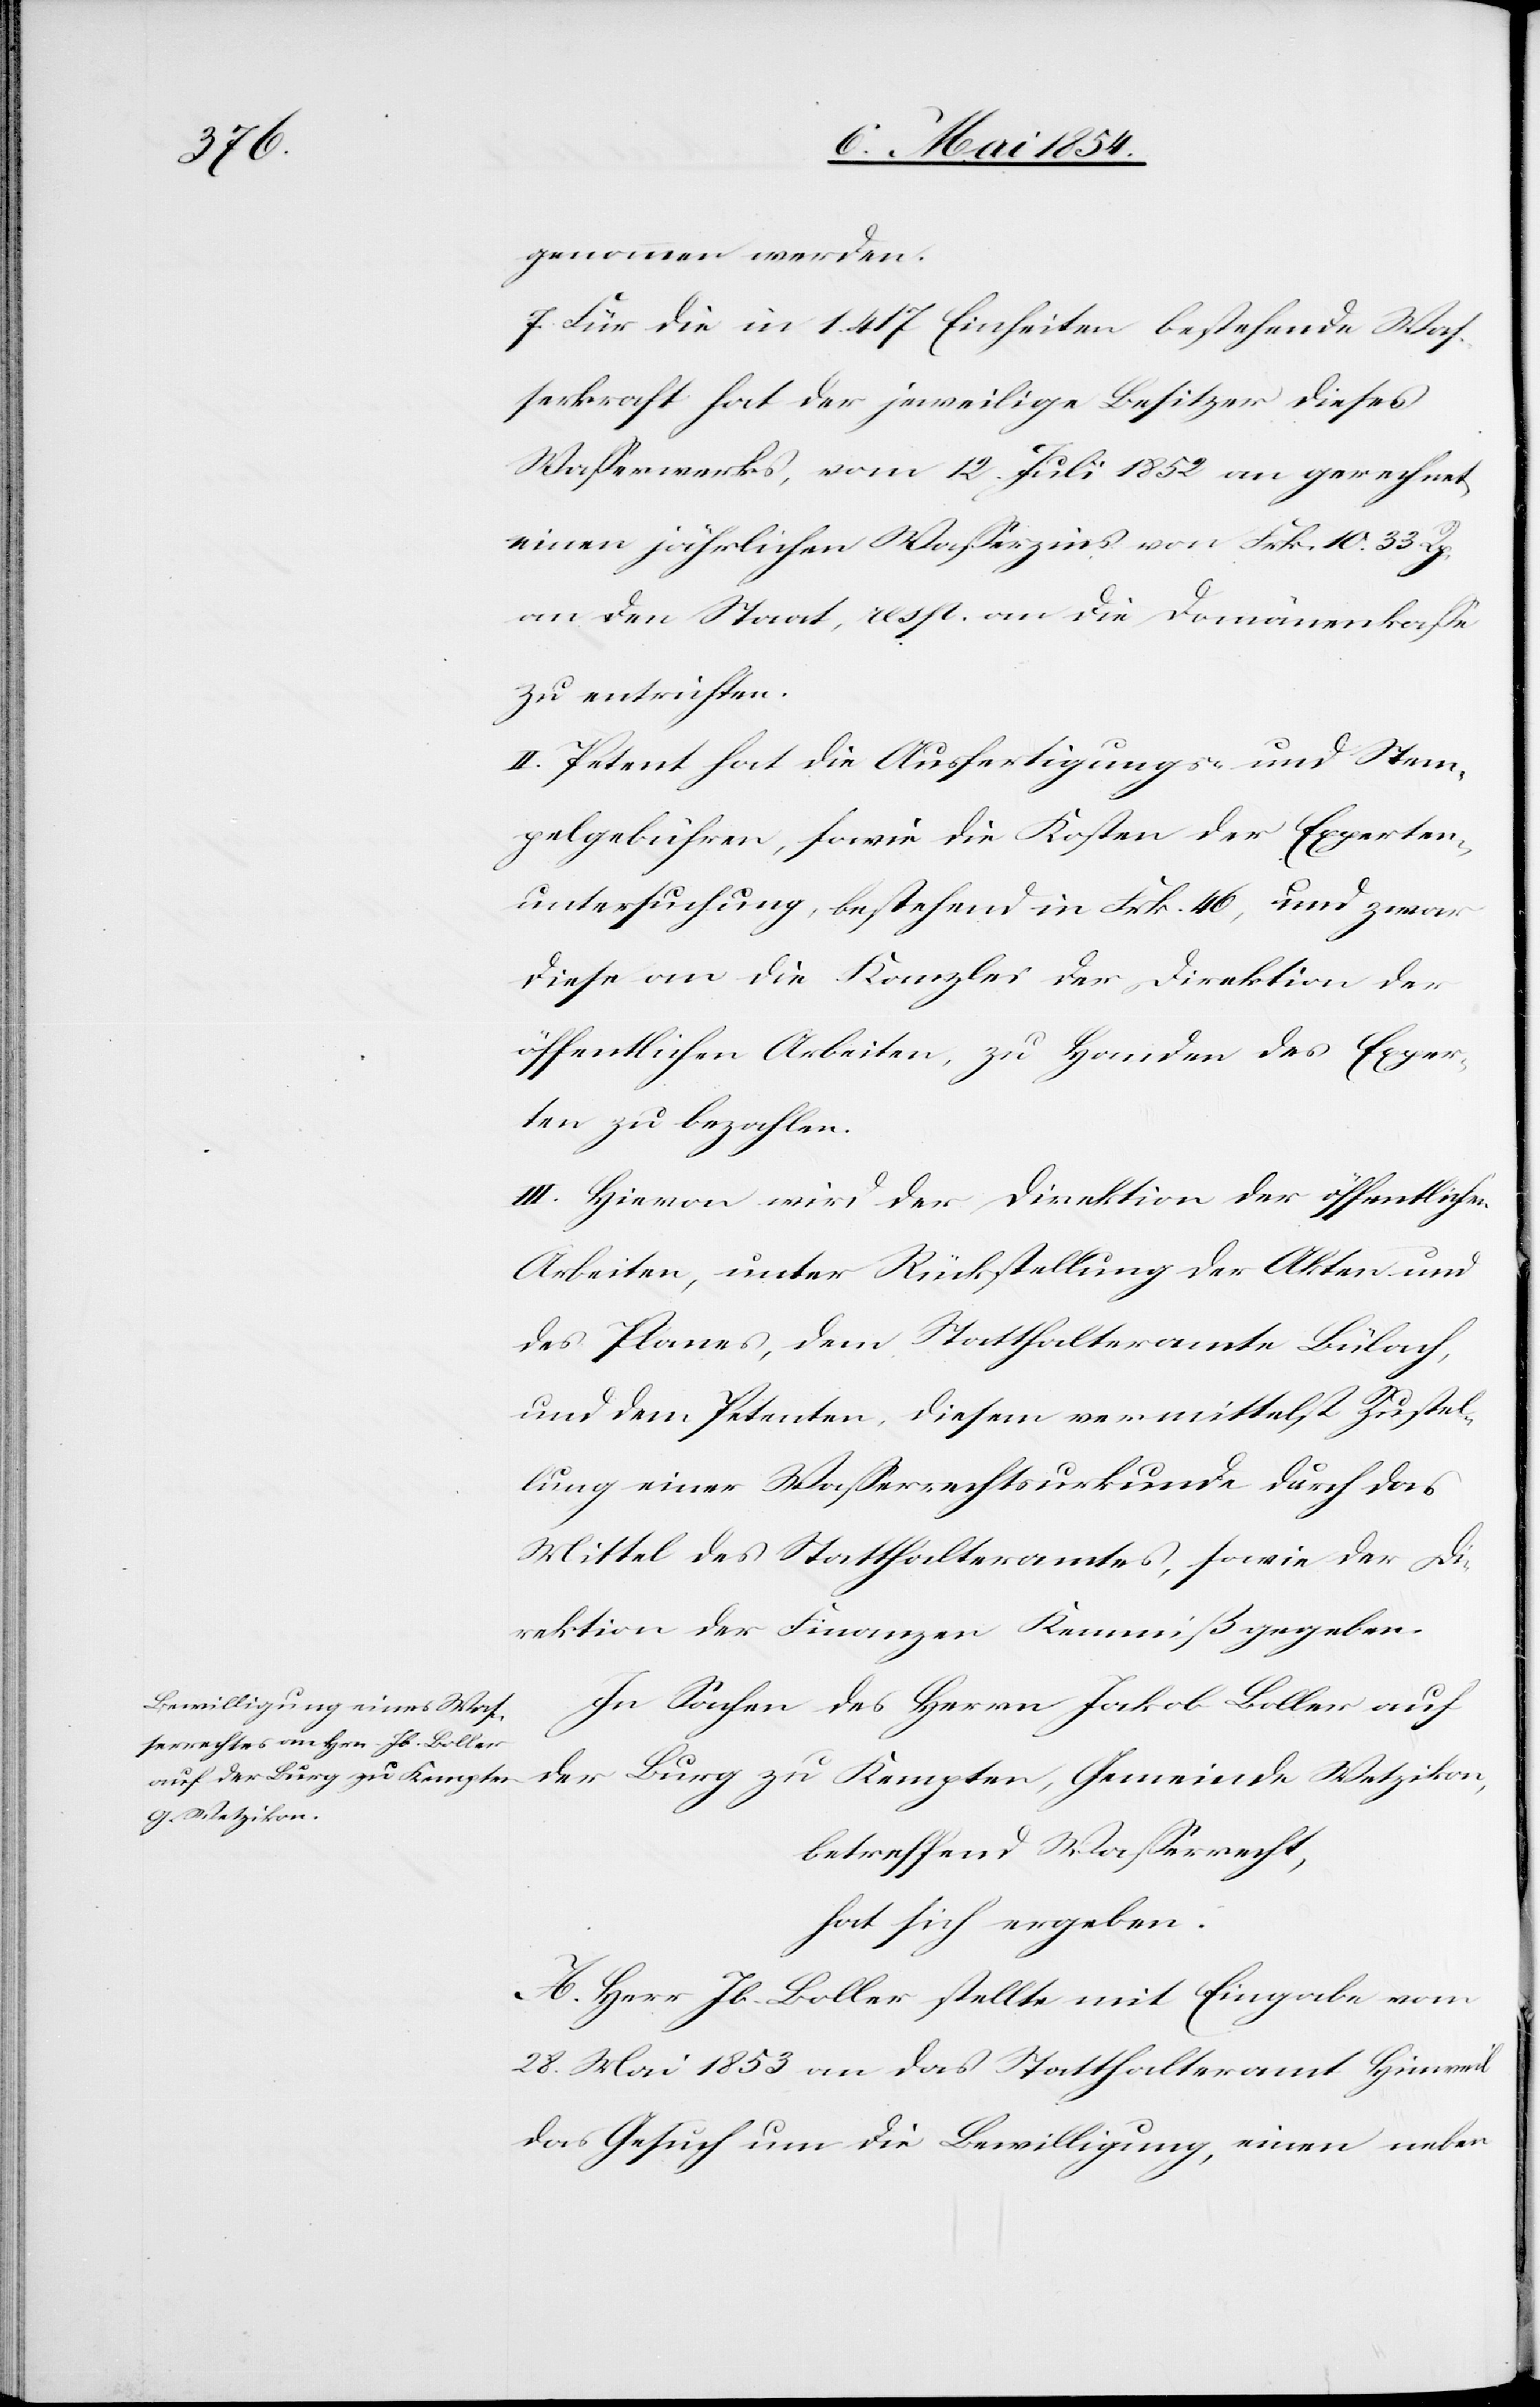
genommen werden.
7. Für die in 1.417 Einheiten bestehende Waß¬
erkraft hat der jeweilige Besitzer dieses
Waßerwerks, vom 12. Juli 1852 an gerechnet,
einen jährlichen Waßerzins von Frk. 10. 33 Rp.
an den Staat, resp. an die Domänenkaße
zu entrichten.
II. Petent hat die Ausfertigungs- und Stem¬
pelgebühren, sowie die Kosten der Experten¬
untersuchung, bestehend in Frk. 46, und zwar
diese an die Kanzlei der Direktion der
öffentlichen Arbeiten, zu Handen des Exper¬
ten zu bezahlen.
III. Hievon wird der Direktion der öffentlichen
Arbeiten, unter Rückstellung der Akten und
des Planes, dem Statthalteramte Bülach,
und dem Petenten, diesem vermittelst Zustel¬
lung einer Waßerrechtsurkunde durch das
Mittel des Statthalteramtes, sowie der Di¬
rektion der Finanzen Kenn[t]niß gegeben.
In Sachen des Herrn Jakob Boller auf
der Burg zu Kempten, Gemeinde Wetzikon,
betreffend Waßerrecht,
hat sich ergeben:
A. Herr Jb. Boller stellt mit Eingabe vom
28. Mai 1853 an das Statthalteramt Hinweil
das Gesuch um die Bewilligung, einen neben